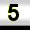
Digit: 5